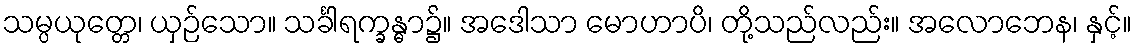
သမ္ပယုတ္တေ၊ ယှဉ်သော။ သင်္ခါရက္ခန္ဓာ၌။ အဒေါသာ မောဟာပိ၊ တို့သည်လည်း။ အလောဘေန၊ နှင့်။